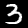
Label: 3